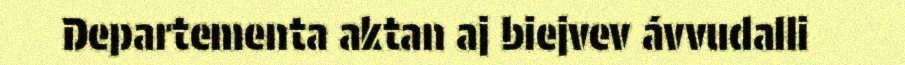
Departementa aktan aj biejvev ávvudalli